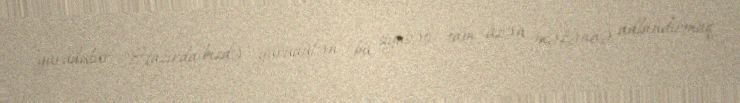
yürüdülür: “Hazırda bizdə yürüdülən bu siyasəti tam üzən məzənnə adlandırmaq